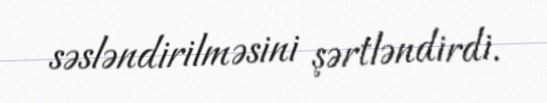
səsləndirilməsini şərtləndirdi.